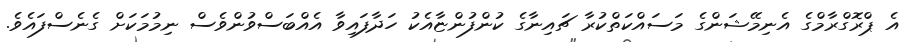
އެ ޕްރޮގްރާމްގެ އެނިމޭޝަންގެ މަސައްކަތްކުރާ ޗައިނާގެ ކުންފުންޏާއެކު ހަދާފައިވާ އެއްބަސްވުންވެސް ނިމުމަކަށް ގެނެސްފައެވެ.